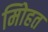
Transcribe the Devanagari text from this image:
मोिहत